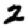
Digit: 2